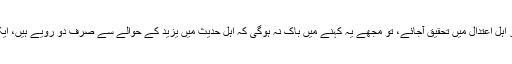
اگر اس معاملے میں اہل تحقیق میں اعتدال اور اہل اعتدال میں تحقیق آجائے، تو مجھے یہ کہنے میں باک نہ ہوگی کہ اہل حدیث میں یزید کے حوالے سے صرف دو رویے ہیں، ایک عالمانہ وتحقیقی ، دوسرا جاہلانہ و جذباتی۔